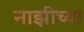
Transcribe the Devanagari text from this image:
नाझीच्या